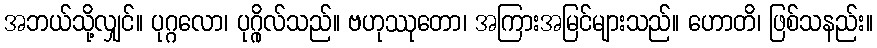
အဘယ်သို့လျှင်။ ပုဂ္ဂလော၊ ပုဂ္ဂိုလ်သည်။ ဗဟုဿုတော၊ အကြားအမြင်များသည်။ ဟောတိ၊ ဖြစ်သနည်း။